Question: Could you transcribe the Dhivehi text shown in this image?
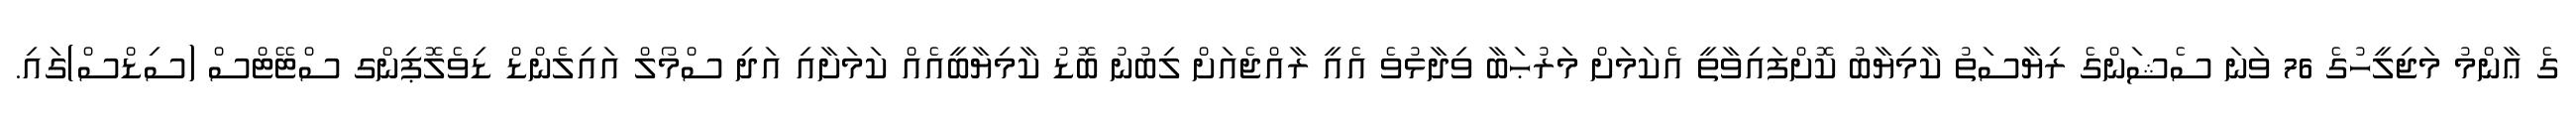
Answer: ގެ ޢާންމު މަޖިލީހުގެ 76 ވަނަ ސެޝަންގެ ރިޔާސަތު ކާމިޔާބު ކޮށްފައިވާތީ އެކަމަށް މަރުޙަބާ ވިދާޅުވެ އެއީ ރާއްޖެއަށް ލިބުނު ބޮޑު ކާމިޔާބީއެއް ކަމަށާއި އަދި ސްމޯލް އައިލެންޑް ޑިވެލޮޕިންގ ސްޓޭޓްސް (ސިޑްސް)ގައި.